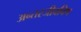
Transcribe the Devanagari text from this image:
अन्तरजीवविष